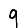
Digit: 9